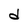
Character: d